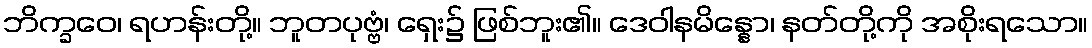
ဘိက္ခဝေ၊ ရဟန်းတို့။ ဘူတပုဗ္ဗံ၊ ရှေး၌ ဖြစ်ဘူး၏။ ဒေဝါနမိန္နော၊ နတ်တို့ကို အစိုးရသော။